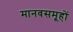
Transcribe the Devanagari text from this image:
मानवसमूहों